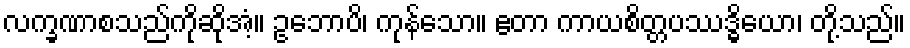
လက္ခဏာစသည်ကိုဆိုအံ့။ ဥဘောပိ၊ ကုန်သော။ ဧတာ ကာယစိတ္တပဿဒ္ဓိယော၊ တို့သည်။